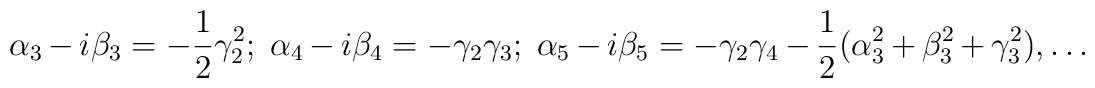
\alpha_3-i\beta_3=-\frac{1}{2}\gamma_2^2;\;\alpha_4-i\beta_4=-\gamma_2\gamma_3;\;\alpha_5-i\beta_5=-\gamma_2\gamma_4-\frac{1}{2}(\alpha_3^2+\beta_3^2+\gamma_3^2),\dots